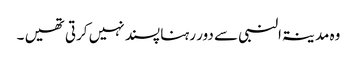
وہ مدینۃالنبی سے دور رہنا پسند نہیں کرتی تھیں ۔